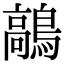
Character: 鶮